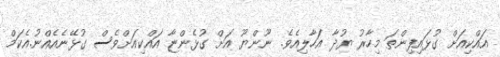
އައްކިއަށް ގުޅައިފިންތަ މިހާރު ޔުދާ އަހާލިއެވެ. ނޫންޔޫ އަށް ގުޅެންޏާ އައްކިއަށްވެސް ގުޅޭނެއެއްނު.އެކަމް